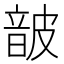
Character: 𮧸